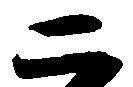
二